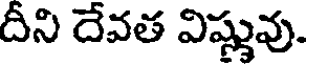
దీని దేవత విష్ణువు.